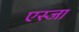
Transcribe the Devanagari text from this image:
एस्जा